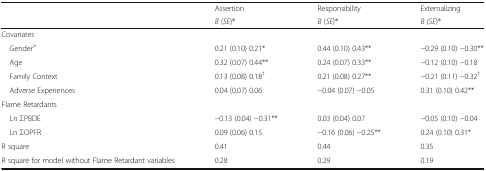
<table><thead><tr><td rowspan="2"></td><td><b>Assertion</b></td><td><b>Responsibility</b></td><td><b>Externalizing</b></td></tr><tr><td><b><i>B</i> (<i>SE</i>)®</b></td><td><b><i>B</i> (<i>SE</i>)®</b></td><td><b><i>B</i> (<i>SE</i>)®</b></td></tr></thead><tbody><tr><td colspan="4">Covariates</td></tr><tr><td> Gender<sup>a</sup></td><td>0.21 (0.10) 0.21*</td><td>0.44 (0.10) 0.43**</td><td>−0.29 (0.10) −0.30**</td></tr><tr><td> Age</td><td>0.32 (0.07) 0.44**</td><td>0.24 (0.07) 0.33**</td><td>−0.12 (0.10) −0.18</td></tr><tr><td> Family Context</td><td>0.13 (0.08) 0.18<sup>†</sup></td><td>0.21 (0.08) 0.27**</td><td>−0.21 (0.11) −0.32<sup>†</sup></td></tr><tr><td> Adverse Experiences</td><td>0.04 (0.07) 0.06</td><td>−0.04 (0.07) −0.05</td><td>0.31 (0.10) 0.42**</td></tr><tr><td colspan="4">Flame Retardants</td></tr><tr><td> Ln ΣPBDE</td><td>−0.13 (0.04) −0.31**</td><td>0.03 (0.04) 0.07</td><td>−0.05 (0.10) −0.04</td></tr><tr><td> Ln ΣOPFR</td><td>0.09 (0.06) 0.15</td><td>−0.16 (0.06) −0.25**</td><td>0.24 (0.10) 0.31*</td></tr><tr><td>R square</td><td>0.41</td><td>0.44</td><td>0.35</td></tr><tr><td>R square for model without Flame Retardant variables</td><td>0.28</td><td>0.29</td><td>0.19</td></tr></tbody></table>